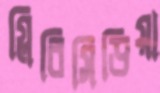
গ্লিরিসিডিয়া